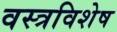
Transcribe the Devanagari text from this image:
वस्त्रविशेष